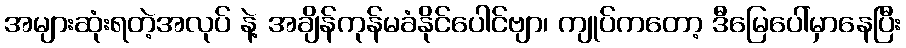
အများဆုံးရတဲ့အလုပ် နဲ့ အချိန်ကုန်မခံနိုင်ပေါင်ဗျာ၊ ကျုပ်ကတော့ ဒီမြေပေါ်မှာနေပြီး